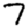
Digit: 7